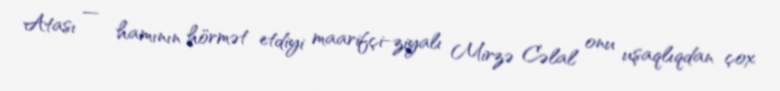
Atası — hamının hörmət etdiyi maarifçi-ziyalı Mirzə Cəlal onu uşaqlıqdan çox